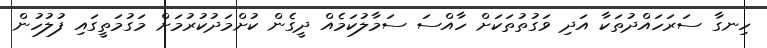
ހިނގާ ސަރަހައްދުތަކާ އަދި ވަގުތުތަކަށް ހާއްސަ ސަމާލުކަމެއް ދީގެން ކުށްމަދުކުރުމަށް މަގުމަތީގައި ފުލުހުން